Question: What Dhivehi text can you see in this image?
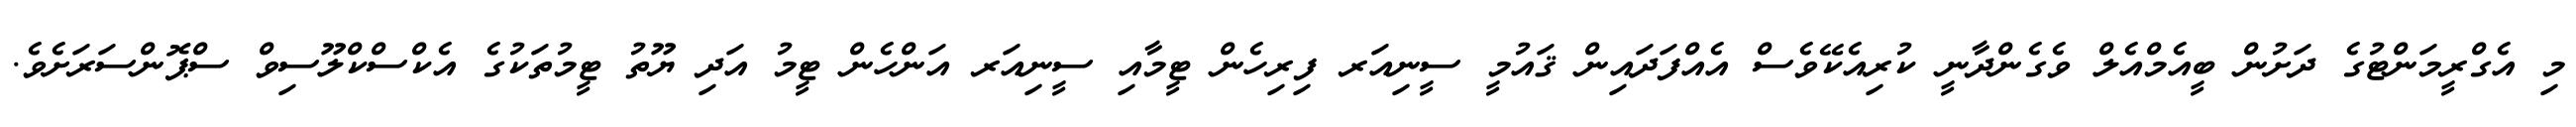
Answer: މި އެގްރީމަންޓުގެ ދަށުން ބީއެމްއެލް ވެގެންދާނީ ކުރިއެކޭވެސް އެއްފަދައިން ޤައުމީ ސީނިއަރ ފިރިހެން ޓީމާއި ސީނިއަރ އަންހެން ޓީމު އަދި ޔޫތު ޓީމުތަކުގެ އެކްސްކްލޫސިވް ސްޕޮންސަރަށެވެ.